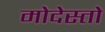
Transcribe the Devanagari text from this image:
मोदेस्तो